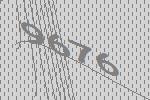
9676